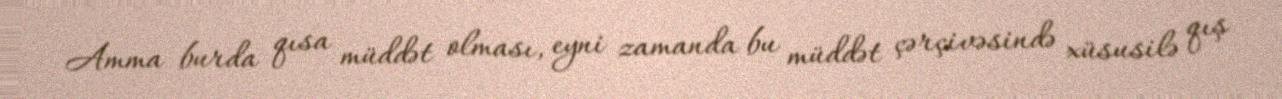
Amma burda qısa müddət olması, eyni zamanda bu müddət çərçivəsində xüsusilə qış